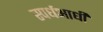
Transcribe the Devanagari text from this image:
स्पर्धआधी